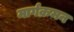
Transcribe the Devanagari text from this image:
मार्गक्रमन